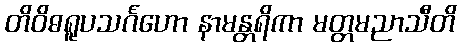
တိဝိဓရူပသင်္ဂဟော နာမန္တရိကာ မတ္တမညာသီတိ